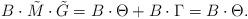
LaTeX: \begin{align*}B \cdot \tilde{M} \cdot \tilde{G} = B \cdot \Theta + B \cdot \Gamma = B \cdot \Theta.\end{align*}